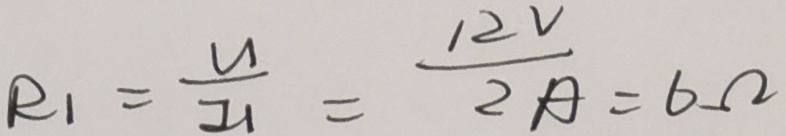
R _ { 1 } = \frac { U } { I _ { 1 } } = \frac { 1 2 V } { 2 A } = 6 \Omega